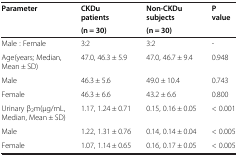
| <ROWSPAN=2> Parameter | CKDu patients | Non-CKDu subjects | <ROWSPAN=2> P value |
 | (n = 30) | (n = 30) |
 | --- | --- | --- | --- |
 | Male : Female | 3:2 | 3:2 | - |
 | Age(years; Median, Mean ± SD) | 47.0, 46.3 ± 5.9 | 47.0, 46.7 ± 9.4 | 0.948 |
 | Male | 46.3 ± 5.6 | 49.0 ± 10.4 | 0.743 |
 | Female | 46.3 ± 6.6 | 43.2 ± 6.6 | 0.800 |
 | Urinary β2m(μg/mL, Median, Mean ± SD) | 1.17, 1.24 ± 0.71 | 0.15, 0.16 ± 0.05 | < 0.001 |
 | Male | 1.22, 1.31 ± 0.76 | 0.14, 0.14 ± 0.04 | < 0.005 |
 | Female | 1.07, 1.14 ± 0.65 | 0.16, 0.17 ± 0.05 | < 0.005 |